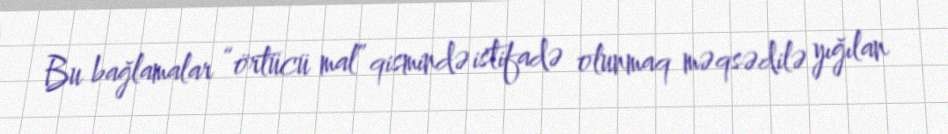
Bu bağlamalar “örtücü mal” qismində istifadə olunmaq məqsədilə yığılan